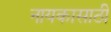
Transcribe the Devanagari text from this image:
नायकासाठी